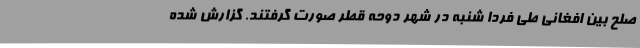
صلح بین افغانی طی فردا شنبه در شهر دوحه قطر صورت گرفتند. گزارش شده